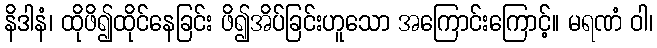
နိဒါနံ၊ ထိုဖိ၍ထိုင်နေခြင်း ဖိ၍အိပ်ခြင်းဟူသော အကြောင်းကြောင့်။ မရဏံ ဝါ၊